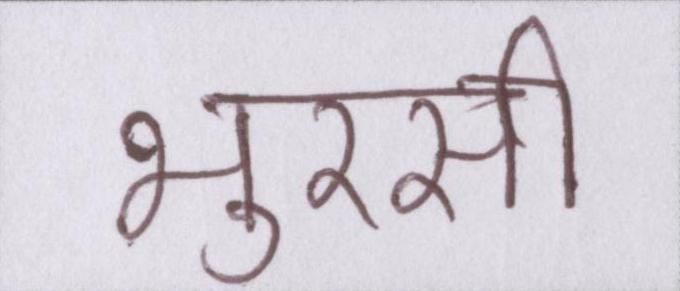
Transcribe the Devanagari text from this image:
भुरसी